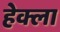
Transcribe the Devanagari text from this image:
हेक्ला